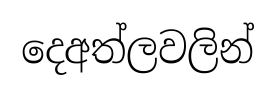
දෙඅත්ලවලින්